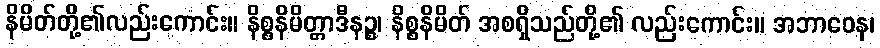
နိမိတ်တို့၏လည်းကောင်း။ နိစ္စနိမိတ္တာဒီနဉ္စ၊ နိစ္စနိမိတ် အစရှိသည်တို့၏ လည်းကောင်း။ အဘာဝေန၊